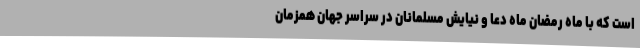
است که با ماه رمضان ماه دعا و نیایش مسلمانان در سراسر جهان همزمان